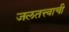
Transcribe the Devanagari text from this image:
जलतत्त्वाची